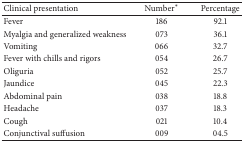
| Clinical presentation | Number∗ | Percentage |
 | --- | --- | --- |
 | Fever | 186 | 92.1 |
 | Myalgia and generalized weakness | 073 | 36.1 |
 | Vomiting | 066 | 32.7 |
 | Fever with chills and rigors | 054 | 26.7 |
 | Oliguria | 052 | 25.7 |
 | Jaundice | 045 | 22.3 |
 | Abdominal pain | 038 | 18.8 |
 | Headache | 037 | 18.3 |
 | Cough | 021 | 10.4 |
 | Conjunctival suffusion | 009 | 04.5 |